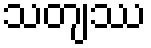
သတျဿ